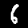
Label: 6